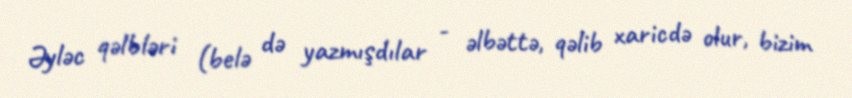
Əyləc qəlbləri (belə də yazmışdılar - əlbəttə, qəlib xaricdə olur, bizim